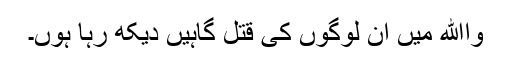
واﷲ میں ان لوگوں کی قتل گاہیں دیکھ رہا ہوں۔